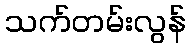
သက်တမ်းလွန်